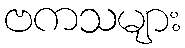
ဗကသများ